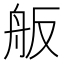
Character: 舨